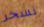
نسخر